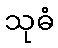
သုဓံ